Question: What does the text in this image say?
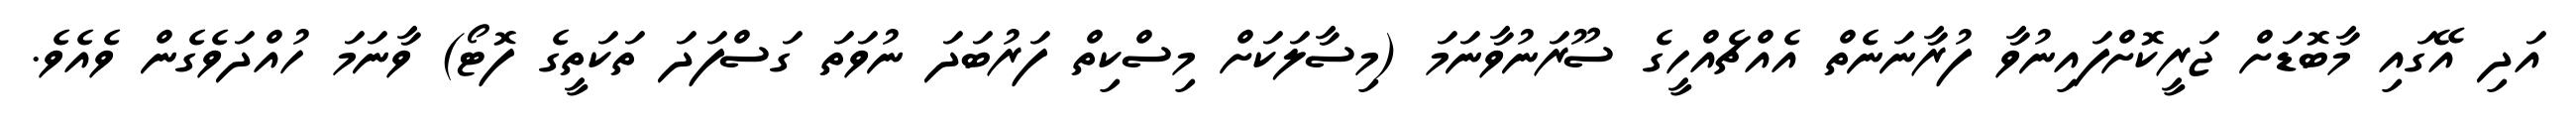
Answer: އަދި އޭގައި މާބޮޑަށް ޖަރީކޮށްފައިނުވާ ފުރާނަނެތް އެއްޗެއްހީގެ ސޫރަނުވާނަމަ (މިސާލަކަށް މިސްކިތް ފަރުބަދަ ނުވަތަ ގަސްފަދަ ތަކަތީގެ ފޮޓޯ) ވާނަމަ ހުއްދަވެގެން ވެއެވެ.